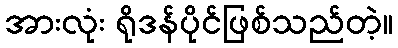
အားလုံး ရိုဒန်ပိုင်ဖြစ်သည်တဲ့။